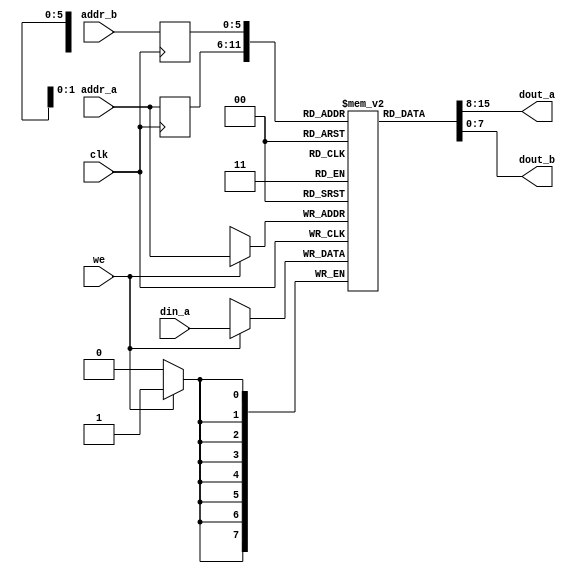
module dual_port_ram_sync
#(
  parameter ADDR_WIDTH = 6,
  parameter DATA_WIDTH = 8
)
(
  input  wire                  clk,
  input  wire                  we,
  input  wire [ADDR_WIDTH-1:0] addr_a,
  input  wire [ADDR_WIDTH-1:0] addr_b,
  input  wire [DATA_WIDTH-1:0] din_a,
  output wire [DATA_WIDTH-1:0] dout_a,
  output wire [DATA_WIDTH-1:0] dout_b
);

reg [DATA_WIDTH-1:0] ram [2**ADDR_WIDTH-1:0];
reg [ADDR_WIDTH-1:0] q_addr_a;
reg [ADDR_WIDTH-1:0] q_addr_b;

always @(posedge clk)
  begin
    if (we)
        ram[addr_a] <= din_a;
    q_addr_a <= addr_a;
    q_addr_b <= addr_b;
  end

assign dout_a = ram[q_addr_a];
assign dout_b = ram[q_addr_b];

endmodule